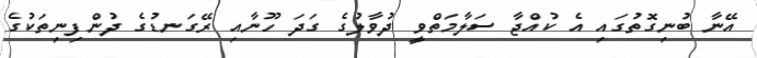
އޭނާ ބުނިގޮތުގައި އެ ކުއްޖާ ސަލާމަތްވީ ދުވާލުގެ ގަދަ ހޫނާއި ރޭގަނޑުގެ ދުންފިނިތަކުގެ